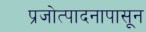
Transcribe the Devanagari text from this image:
प्रजोत्पादनापासून